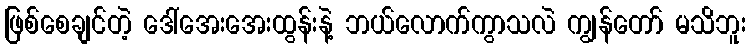
ဖြစ်စေချင်တဲ့ ဒေါ်အေးအေးထွန်းနဲ့ ဘယ်လောက်ကွာသလဲ ကျွန်တော် မသိဘူး